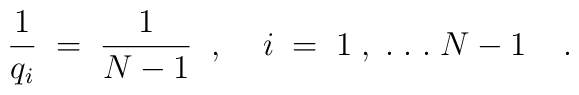
\frac{1}{q_i} \; = \; \frac{1}{N-1} \; \; , \; \; \; \;  i \; = \; 1 \; , \;. \; . \; . \; N-1 \; \; \; \; .